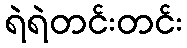
ရဲရဲတင်းတင်း